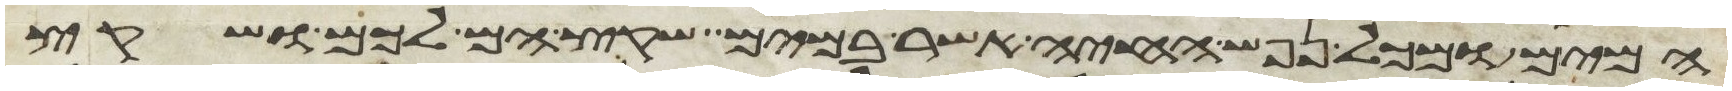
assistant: המים ומכל נפש החיה אשר במים שקץ הם לכם ושקץ